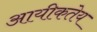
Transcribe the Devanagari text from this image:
आयीकतेय